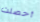
أحصلت